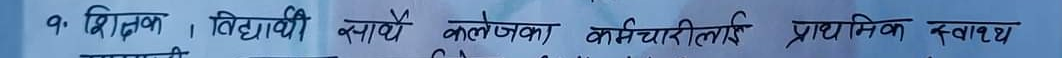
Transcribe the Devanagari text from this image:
१ शिक्षक, विद्यार्थी क्याम्पै कलेजका कर्मचारीलाई प्राथमिक स्वास्थ्य